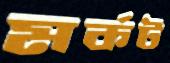
মর্কট